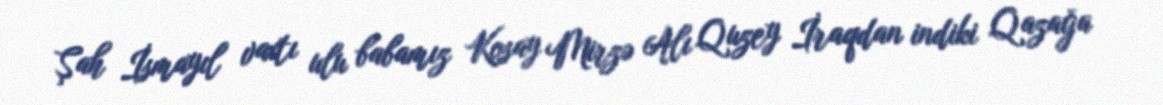
Şah İsmayıl vaxtı ulu babamız Kosay Mirzə Alı Quzey İraqdan indiki Qazağa